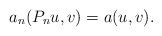
LaTeX: \begin{align*}a_n(P_n u, v) = a( u, v ).\end{align*}